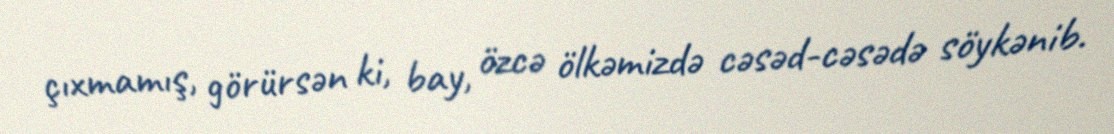
çıxmamış, görürsən ki, bay, özcə ölkəmizdə cəsəd-cəsədə söykənib.